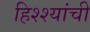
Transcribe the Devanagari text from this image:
हिश्श्यांची